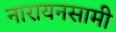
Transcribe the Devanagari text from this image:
नारायनसामी